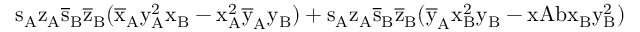
\mathrm { s _ { A } \mathrm { z _ { A } \mathrm { \overline { { s } } _ { B } \mathrm { \overline { { z } } _ { B } ( \mathrm { \overline { { x } } _ { A } \mathrm { y _ { A } ^ { 2 } \mathrm { x _ { B } - \mathrm { x _ { A } ^ { 2 } \mathrm { \overline { { y } } _ { A } \mathrm { y _ { B } ) + \mathrm { s _ { A } \mathrm { z _ { A } \mathrm { \overline { { s } } _ { B } \mathrm { \overline { { z } } _ { B } ( \mathrm { \overline { { y } } _ { A } \mathrm { x _ { B } ^ { 2 } \mathrm { y _ { B } - x A b \mathrm { x _ { B } \mathrm { y _ { B } ^ { 2 } ) } } } } } } } } } } } } } } } } } } }